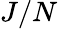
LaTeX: J/N